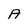
Character: A